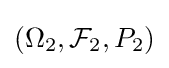
\textstyle (\Omega _{2},{\mathcal {F}}_{2},P_{2})